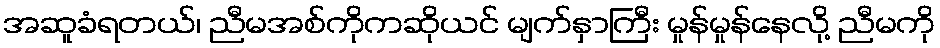
အဆူခံရတယ်၊ ညီမအစ်ကိုကဆိုယင် မျက်နှာကြီး မှုန်မှုန်နေလို့ ညီမကို